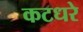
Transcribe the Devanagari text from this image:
कटधरे